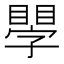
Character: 𥊐